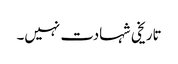
تاریخی شہادت نہیں۔